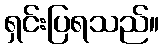
ရှင်းပြရသည်။